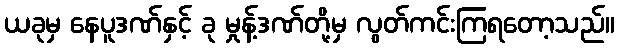
ယခုမှ နေပူဒဏ်နှင့် ခု မှုန့်ဒဏ်တို့မှ လွတ်ကင်းကြရတော့သည်။